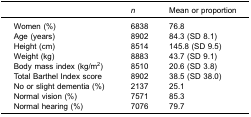
<table><thead><tr><td><b> </b></td><td><b><i>n</i></b></td><td><b>Mean or proportion</b></td></tr></thead><tbody><tr><td>Women (%)</td><td>6838</td><td>76.8</td></tr><tr><td>Age (years)</td><td>8902</td><td>84.3 (SD 8.1)</td></tr><tr><td>Height (cm)</td><td>8514</td><td>145.8 (SD 9.5)</td></tr><tr><td>Weight (kg)</td><td>8883</td><td>43.7 (SD 9.1)</td></tr><tr><td>Body mass index (kg/m<sup>2</sup>)</td><td>8510</td><td>20.6 (SD 3.8)</td></tr><tr><td>Total Barthel Index score</td><td>8902</td><td>38.5 (SD 38.0)</td></tr><tr><td>No or slight dementia (%)</td><td>2137</td><td>25.1</td></tr><tr><td>Normal vision (%)</td><td>7571</td><td>85.3</td></tr><tr><td>Normal hearing (%)</td><td>7076</td><td>79.7</td></tr></tbody></table>